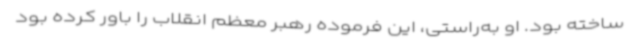
ساخته بود. او به‌راستی، این فرموده رهبر معظم انقلاب را باور کرده بود